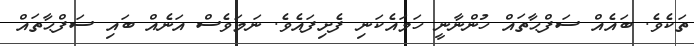
ތަކެވެ. ބައެއް ސަފްޙާތައް ހުންނާނީ ހަމައެކަނި ފެށިފައެވެ. ނަމަވެސް އަނެއް ބައި ސަފްޙާތައް